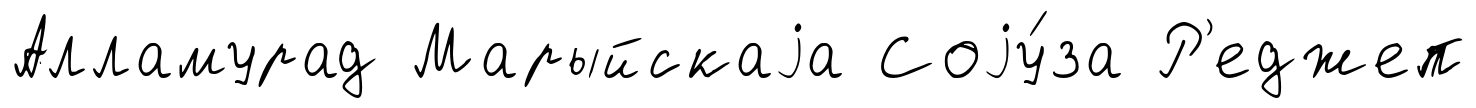
Алламурад Марыйскаjа Соjу́за Р'еджеп